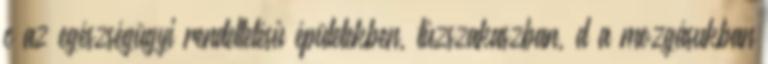
c az egészségügyi rendeltetésû épületekben, tûzszakaszban, d a mozgásukban